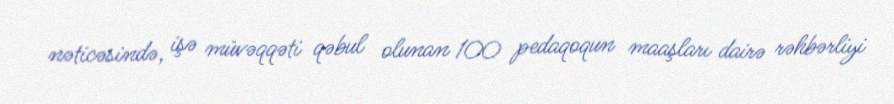
nəticəsində, işə müvəqqəti qəbul olunan 100 pedaqoqun maaşları dairə rəhbərliyi